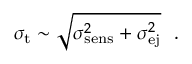
\sigma _ { \mathrm { t } } \sim \sqrt { \sigma _ { \mathrm { s e n s } } ^ { 2 } + \sigma _ { \mathrm { e j } } ^ { 2 } } ~ ~ .